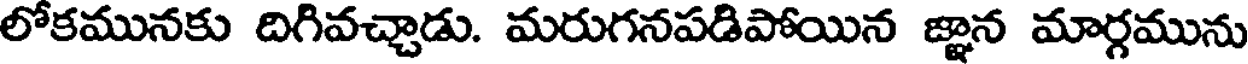
లోకమునకు దిగివచ్చాడు. మరుగనపడిపోయిన జ్ఞాన మార్గమును